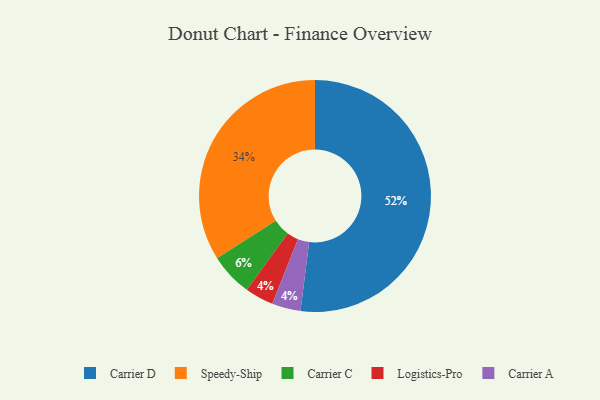
{"axis": {"x": "Category", "y": "Percentage"}, "legend": ["Carrier A", "Carrier C", "Carrier D", "Logistics-Pro", "Speedy-Ship"], "data": [{"x": "Logistics-Pro", "y": 4, "type": "Logistics-Pro"}, {"x": "Carrier A", "y": 4, "type": "Carrier A"}, {"x": "Carrier D", "y": 52, "type": "Carrier D"}, {"x": "Carrier C", "y": 6, "type": "Carrier C"}, {"x": "Speedy-Ship", "y": 34, "type": "Speedy-Ship"}]}